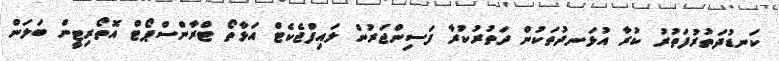
ކަނޑުދަތުރުފަތުރު ކުރާ އުޅަނދުތަކުން ދަތުރުކުރާ ފަސިންޖަރުން ލައިފްޖެކެޓް އަޅާތޯ ޓްރާންސްޕޯޓް އޮތޯރިޓީން ބަލަން